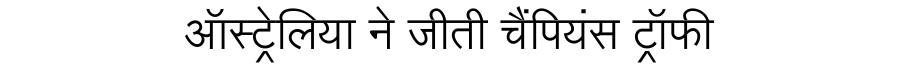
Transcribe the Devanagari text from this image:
ऑस्ट्रेलिया ने जीती चैंपियंस ट्रॉफी